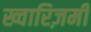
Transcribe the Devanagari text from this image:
ख्वारिज़मी